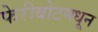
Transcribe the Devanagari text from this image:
फेरीबोटमधून